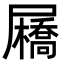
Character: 𡳯